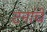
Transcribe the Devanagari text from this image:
टनांचे